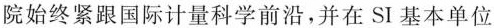
院始终紧跟国际计量科学前沿，并在SI基本单位